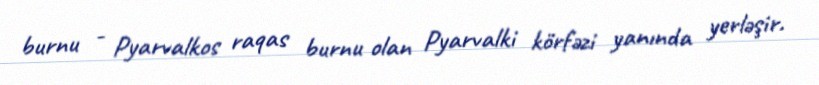
burnu - Pyarvalkos raqas burnu olan Pyarvalki körfəzi yanında yerləşir.